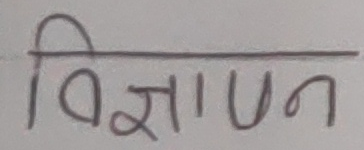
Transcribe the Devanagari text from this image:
विज्ञापन